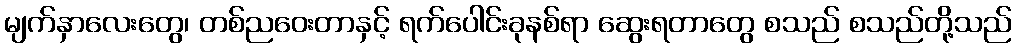
မျက်နှာလေးတွေ၊ တစ်ညဝေးတာနှင့် ရက်ပေါင်းခုနစ်ရာ ဆွေးရတာတွေ စသည် စသည်တို့သည်